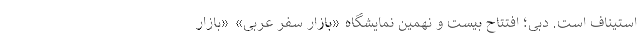
استیناف است. دبی؛ افتتاح بیست و نهمین نمایشگاه «بازار سفر عربی» «بازار